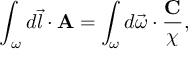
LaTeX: \int _ { { \bf \partial } \omega } d \vec { l } \cdot { \bf A } = \int _ { \omega } d \vec { \omega } \cdot \frac { { \bf C } } { \chi } ,